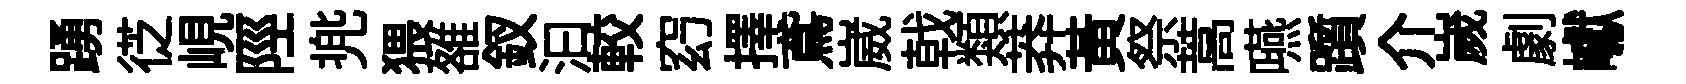
踴徔峴陘兠猥雒釵汩較𥥆擇鳶崴戟類莽黄祭蒿嚥躓介嵗劇巘